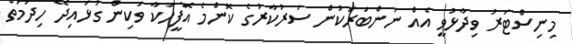
މިނިސްޓަރު ވިދާޅުވީ އެއް ނަންބަރަކުން ސަރުކާރުގެ ކޮންމެ އޮފީހަކާ ވަކިން ގުޅައިދޭ ހިދުމަތް